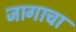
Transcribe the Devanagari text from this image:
जागाचा